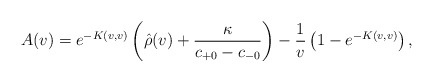
\begin{align*} A(v)=e^{-K(v,v)}\left(\hat{\rho}(v)+\frac{\kappa}{c_{+0}-c_{-0}}\right)-\frac{1}{v}\left(1-e^{-K(v,v)}\right),\end{align*}